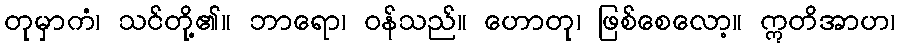
တုမှာကံ၊ သင်တို့၏။ ဘာရော၊ ဝန်သည်။ ဟောတု၊ ဖြစ်စေလော့။ ဣတိအာဟ၊